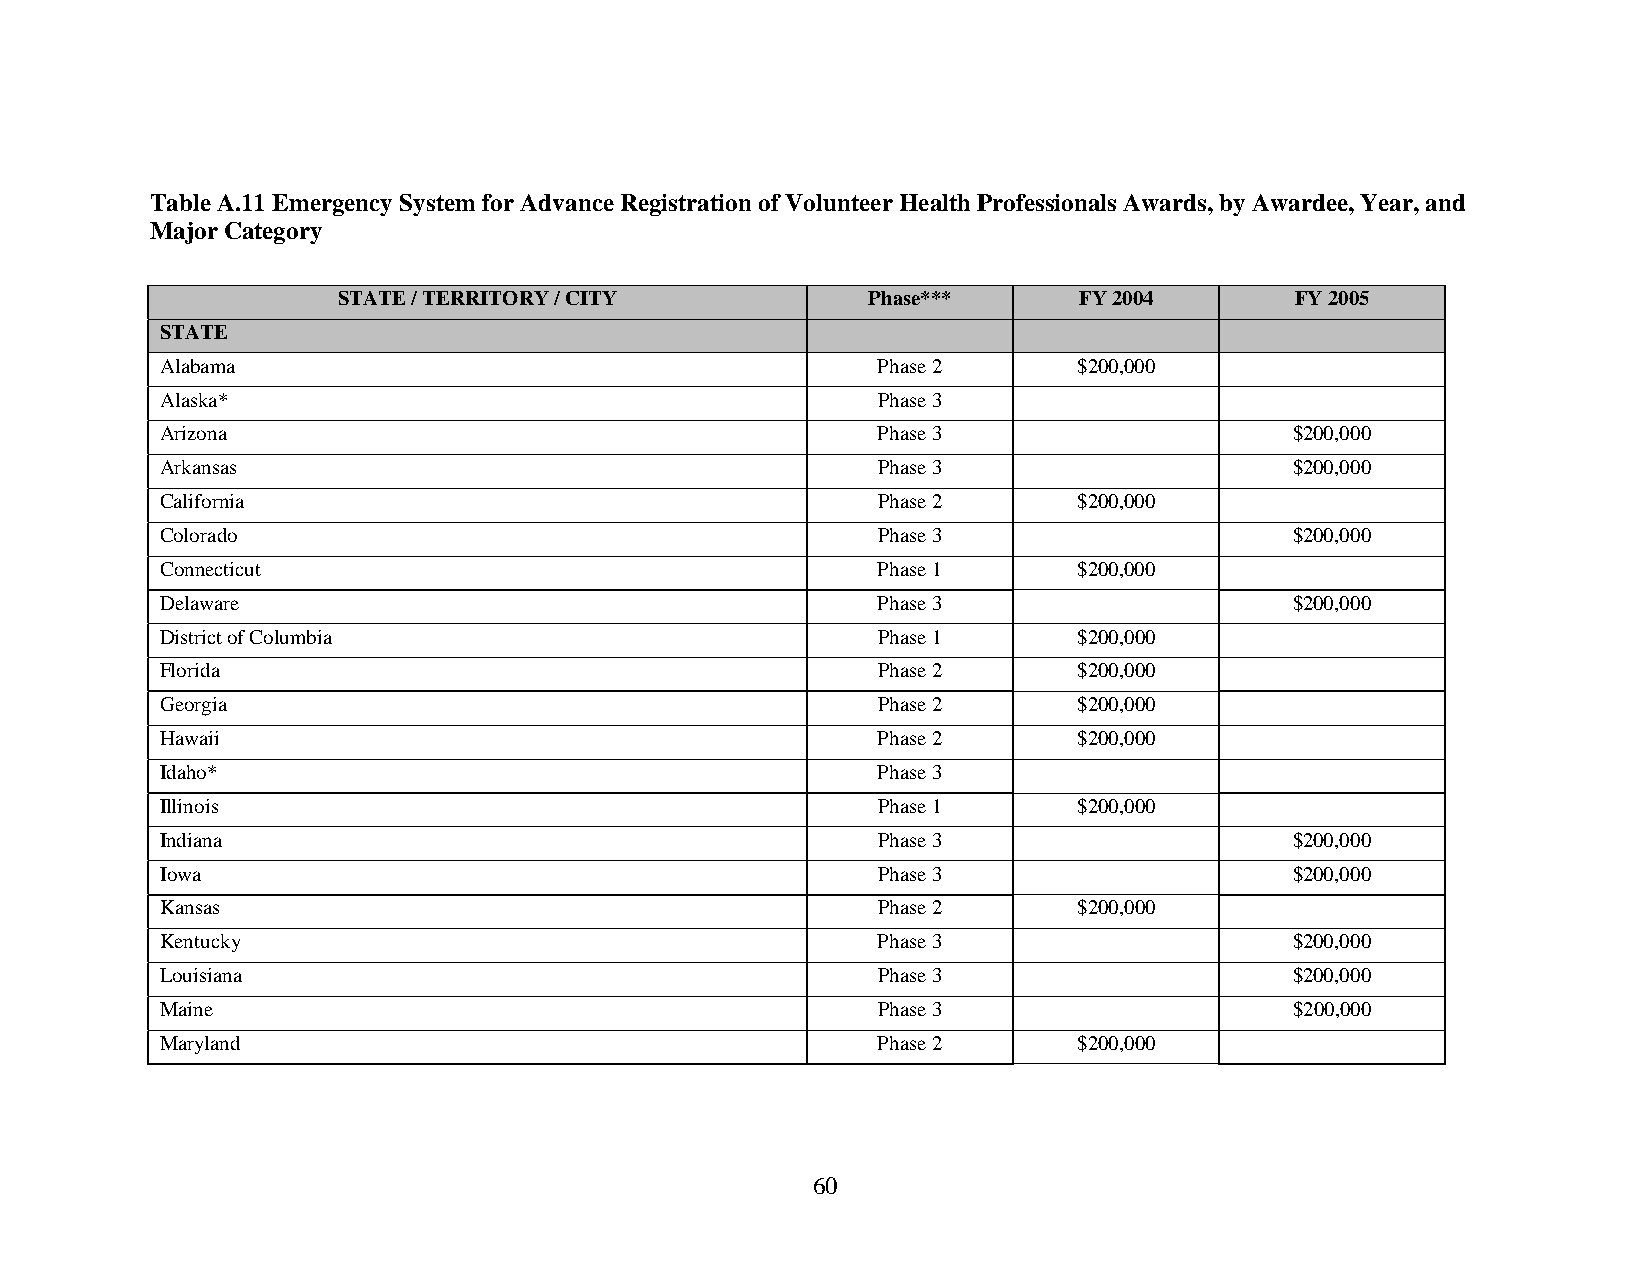
Table A.11 Emergency System for Advance Registration of Volunteer Health Professionals Awards, by Awardee, Year, and
 Major Category
 STATE / TERRITORY / CITY           Phase***      FY 2004        FY 2005
 STATE
 Alabama                                        Phase 2      $200,000
 Alaska*                                        Phase 3
 Arizona                                        Phase 3                     $200,000
 Arkansas                                       Phase 3                     $200,000
 California                                     Phase 2      $200,000
 Colorado                                       Phase 3                     $200,000
 Connecticut                                    Phase 1      $200,000
 Delaware                                       Phase 3                     $200,000
 District of Columbia                           Phase 1      $200,000
 Florida                                        Phase 2      $200,000
 Georgia                                        Phase 2      $200,000
 Hawaii                                         Phase 2      $200,000
 Idaho*                                         Phase 3
 Illinois                                       Phase 1      $200,000
 Indiana                                        Phase 3                     $200,000
 Iowa                                           Phase 3                     $200,000
 Kansas                                         Phase 2      $200,000
 Kentucky                                       Phase 3                     $200,000
 Louisiana                                      Phase 3                     $200,000
 Maine                                          Phase 3                     $200,000
 Maryland                                       Phase 2      $200,000
 60